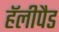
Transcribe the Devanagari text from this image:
हॅलीपैड